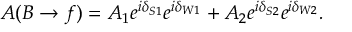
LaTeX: A ( B \to f ) = A _ { 1 } e ^ { i \delta _ { S 1 } } e ^ { i \delta _ { W 1 } } + A _ { 2 } e ^ { i \delta _ { S 2 } } e ^ { i \delta _ { W 2 } } .